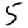
Digit: 5